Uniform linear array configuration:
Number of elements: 32
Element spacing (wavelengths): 1
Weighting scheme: binomial
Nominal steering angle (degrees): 0
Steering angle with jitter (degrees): -1.629
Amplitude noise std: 0.05
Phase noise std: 0.05

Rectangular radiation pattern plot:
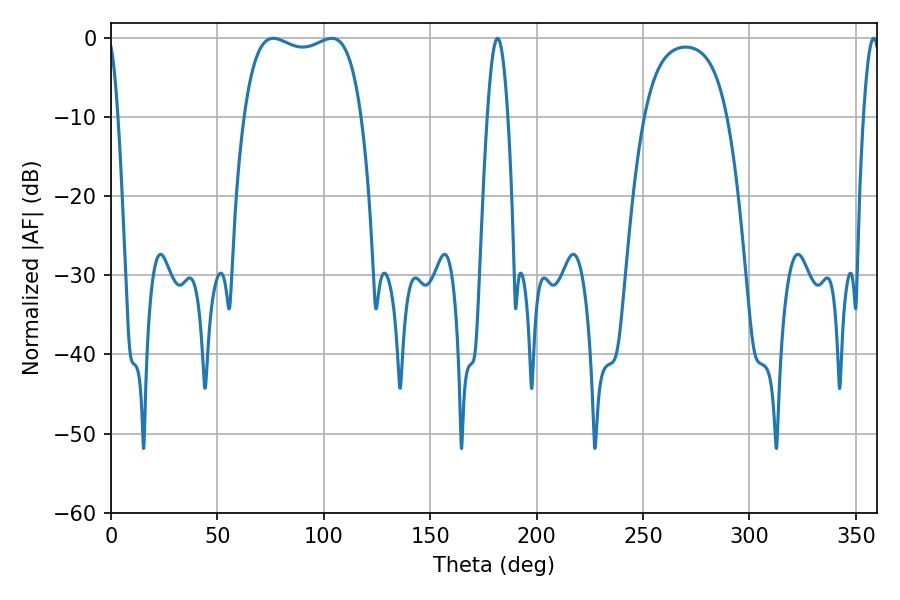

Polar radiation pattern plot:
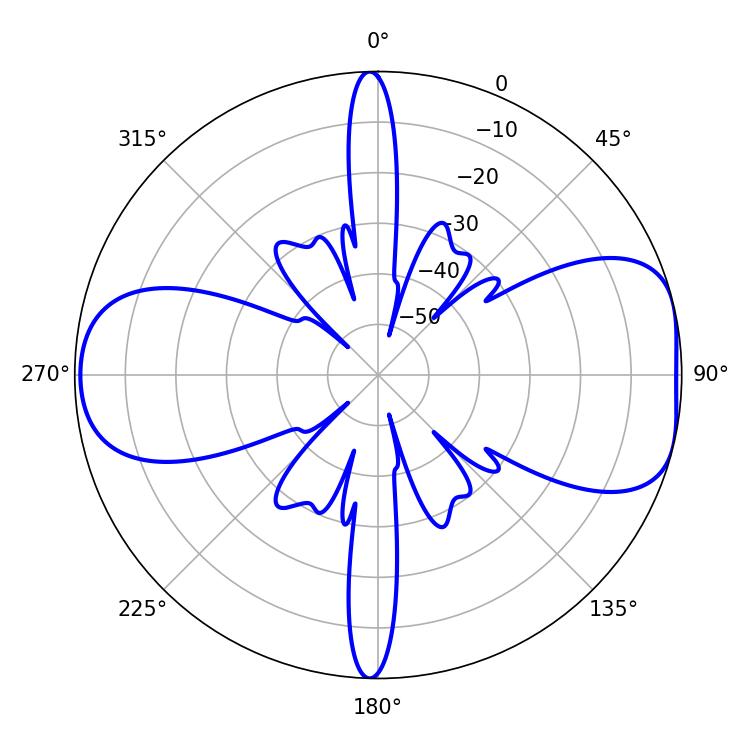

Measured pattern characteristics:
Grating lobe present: TRUE
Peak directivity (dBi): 7.592
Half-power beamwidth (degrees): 44.64
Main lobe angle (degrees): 76.32